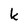
Character: k